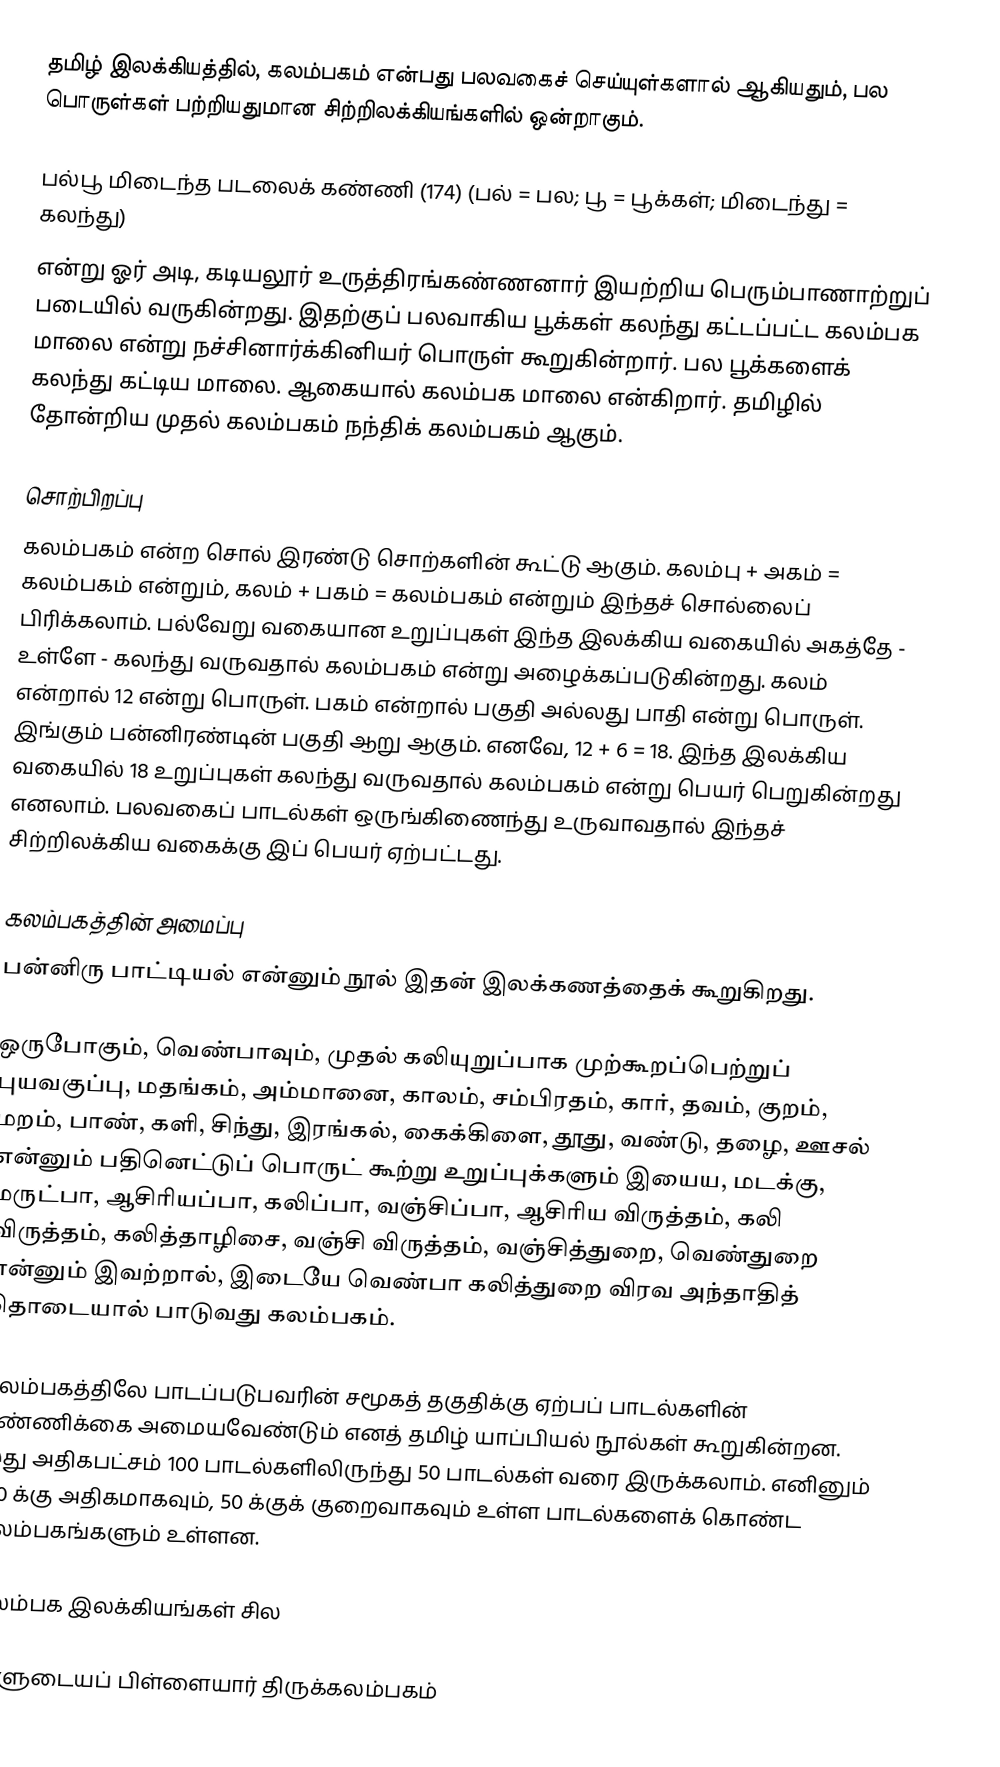
தமிழ் இலக்கியத்தில், கலம்பகம் என்பது பலவகைச் செய்யுள்களால் ஆகியதும், பல பொருள்கள் பற்றியதுமான சிற்றிலக்கியங்களில் ஒன்றாகும்.

பல்பூ மிடைந்த படலைக் கண்ணி (174) (பல் = பல; பூ = பூக்கள்; மிடைந்து = கலந்து)
என்று ஓர் அடி, கடியலூர் உருத்திரங்கண்ணனார் இயற்றிய பெரும்பாணாற்றுப் படையில் வருகின்றது. இதற்குப் பலவாகிய பூக்கள் கலந்து கட்டப்பட்ட கலம்பக மாலை என்று நச்சினார்க்கினியர் பொருள் கூறுகின்றார். பல பூக்களைக் கலந்து கட்டிய மாலை. ஆகையால் கலம்பக மாலை என்கிறார்.  தமிழில் தோன்றிய முதல் கலம்பகம் நந்திக் கலம்பகம் ஆகும்.

சொற்பிறப்பு
கலம்பகம் என்ற சொல் இரண்டு சொற்களின் கூட்டு ஆகும். கலம்பு + அகம் = கலம்பகம் என்றும், கலம் + பகம் = கலம்பகம் என்றும் இந்தச் சொல்லைப் பிரிக்கலாம். பல்வேறு வகையான உறுப்புகள் இந்த இலக்கிய வகையில் அகத்தே - உள்ளே - கலந்து வருவதால் கலம்பகம் என்று அழைக்கப்படுகின்றது. கலம் என்றால் 12 என்று பொருள். பகம் என்றால் பகுதி அல்லது பாதி என்று பொருள். இங்கும் பன்னிரண்டின் பகுதி ஆறு ஆகும். எனவே, 12 + 6 = 18. இந்த இலக்கிய வகையில் 18 உறுப்புகள் கலந்து வருவதால் கலம்பகம் என்று பெயர் பெறுகின்றது எனலாம்.  பலவகைப் பாடல்கள் ஒருங்கிணைந்து உருவாவதால் இந்தச் சிற்றிலக்கிய வகைக்கு இப் பெயர் ஏற்பட்டது.

கலம்பகத்தின் அமைப்பு
பன்னிரு பாட்டியல் என்னும் நூல்  இதன் இலக்கணத்தைக் கூறுகிறது.

ஒருபோகும், வெண்பாவும், முதல் கலியுறுப்பாக முற்கூறப்பெற்றுப் புயவகுப்பு, மதங்கம், அம்மானை, காலம், சம்பிரதம், கார், தவம், குறம், மறம், பாண், களி, சிந்து, இரங்கல், கைக்கிளை, தூது, வண்டு, தழை, ஊசல் என்னும் பதினெட்டுப் பொருட் கூற்று உறுப்புக்களும் இயைய, மடக்கு, மருட்பா, ஆசிரியப்பா, கலிப்பா, வஞ்சிப்பா, ஆசிரிய விருத்தம், கலி விருத்தம், கலித்தாழிசை, வஞ்சி விருத்தம், வஞ்சித்துறை, வெண்துறை என்னும் இவற்றால், இடையே வெண்பா கலித்துறை விரவ அந்தாதித் தொடையால் பாடுவது கலம்பகம்.

கலம்பகத்திலே பாடப்படுபவரின் சமூகத் தகுதிக்கு ஏற்பப் பாடல்களின் எண்ணிக்கை அமையவேண்டும் எனத் தமிழ் யாப்பியல் நூல்கள் கூறுகின்றன. இது அதிகபட்சம் 100 பாடல்களிலிருந்து 50 பாடல்கள் வரை இருக்கலாம். எனினும் 100 க்கு அதிகமாகவும், 50 க்குக் குறைவாகவும் உள்ள பாடல்களைக் கொண்ட கலம்பகங்களும் உள்ளன.

கலம்பக இலக்கியங்கள் சில

 ஆளுடையப் பிள்ளையார் திருக்கலம்பகம்